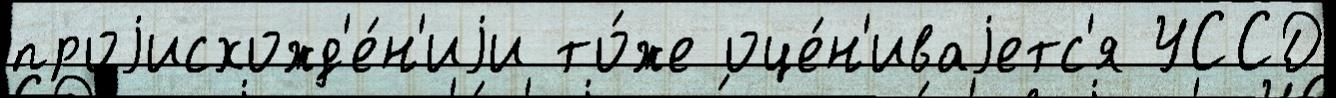
проjисхожд'е́н'иjи то́же оце́н'иваjетс'я УССД